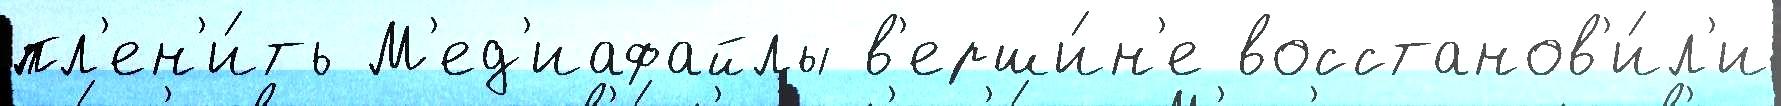
пл'ен'и́ть М'ед'иафайлы в'ерши́н'е восстанов'и́л'и